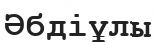
Әбдіұлы